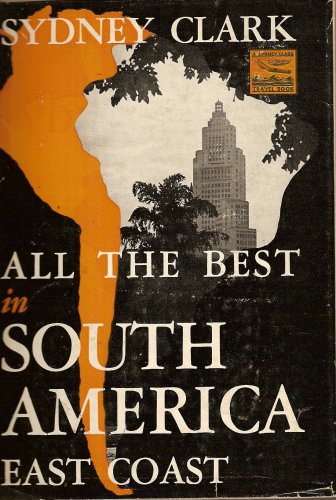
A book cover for All the Best in South America (East Coast); Sydney Clark; Travel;